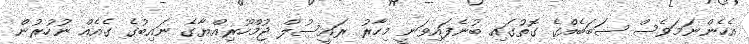
އެހެންނަމަވެސް ސަބަބެއްގެ ގޮތުގައި ބުނެފައިވަނީ މިހާރު ރައީސުލް ޖުމްހޫރިއްޔާގެ ނައިބުގެ ގެއެއް ނުހުރުން